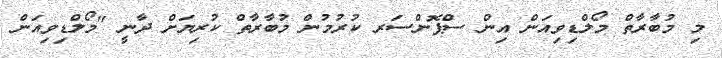
މި މުބާރާތް މޯލްޑިވިއަން އިން ސްޕޮންސަރ ކުރުމުން މުބާރާތް ކުރިޔަށް ދާނީ "މޯލްޑިވިއަން